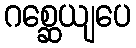
ဂစ္ဆေယျပေ